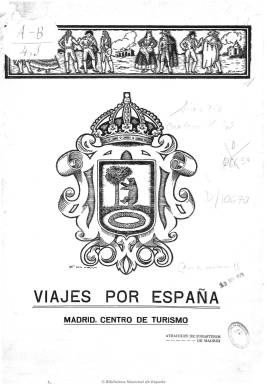
Título: Viajes por España (Madrid)
Otros títulos: Madrid, centro de turismo
Colección: Revistas turísticas y de viajes
Ámbito geográfico: Madrid
Lugar de publicación: Madrid
Fechas: 01/01/1928-31/12/1929

Revista de turismo que se publica como órgano oficial de la Sociedad de Atracción de Forasteros, de Madrid, y subvencionada por el Patronato Nacional de Turismo, siendo no venal. Su periodicidad y paginación es variada y es impresa a dos tintas. Fue dirigida por Hilario Crespo Gallego (-1947), que en ese momento era dirigente de la Cámara Oficial de Comercio de Madrid, pero que también fue concejal y presidente de la Diputación Provincial. Su secretario fue Ramón María de Segarra. Ambos fueron los autores de la mayor parte de sus textos.

Muy ilustrada, especialmente con fotografías, publica artículos sobre los reclamos turísticos de Madrid, como la sierra de Guadarrama y el deporte del esquí, las joyas artísticas del Palacio Real o de los museos del Prado y el Arqueológico, sobre la Plaza Mayor, el Buen Retiro o la Puerta del Sol, El Escorial o El Paular; sobre las visitas y expediciones viajeras, deportivas y de caza del rey Alfonso XIII, como la que realizó a Las Hurdes; así como los de otras provincias, como la de Toledo, Cuenca, Sevilla, Segovia o Barcelona. Dedicó también gran espacio a Vigo y Pontevedra y sobre el interés de proyectar una autovía hacia esta provincia, y a Portugal.

Además de incluir gran número de anuncios comerciales, publicó asimismo publireportajes relativos a hoteles o balnearios.